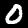
Digit: 0